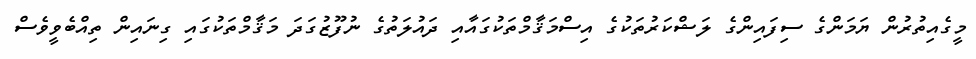
މީގެއިތުރުން ޔަމަންގެ ސިފައިންގެ ލަޝްކަރުތަކުގެ އިސްމަޤާމްތަކުގައާއި ދައުލަތުގެ ނުފޫޒުގަދަ މަޤާމްތަކުގައި ގިނައިން ތިއްބެވީވެސް